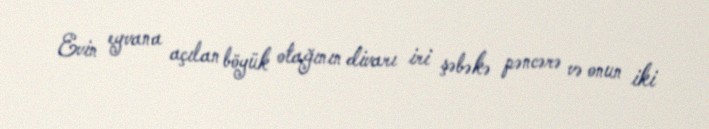
Evin eyvana açılan böyük otağının divarı iri şəbəkə pəncərə və onun iki